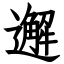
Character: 邂